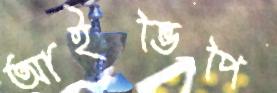
আইভিপি